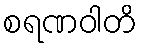
စရဏဝါတိ